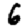
Digit: 6